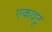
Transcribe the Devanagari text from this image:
एकवटु